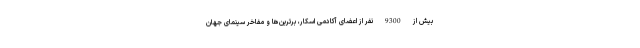
بیش از 9300 نفر از اعضای آکادمی اسکار، برترین‌ها و مفاخر سینمای جهان